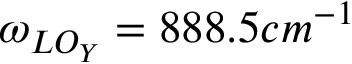
\omega _ { L O _ { Y } } = 8 8 8 . 5 c m ^ { - 1 }